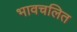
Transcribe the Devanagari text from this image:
भावचलित